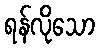
ရန်လိုသော